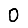
Digit: 0